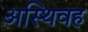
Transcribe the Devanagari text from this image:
अस्थिवह